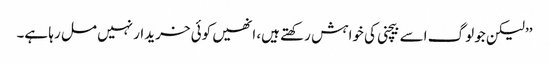
’’لیکن جو لوگ اسے بیچنی کی خواہش رکھتے ہیں، انھیں کوئی خریدار نہیں مل رہا ہے۔